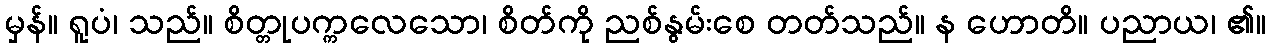
မှန်။ ရူပံ၊ သည်။ စိတ္တုပက္ကလေသော၊ စိတ်ကို ညစ်နွမ်းစေ တတ်သည်။ န ဟောတိ။ ပညာယ၊ ၏။